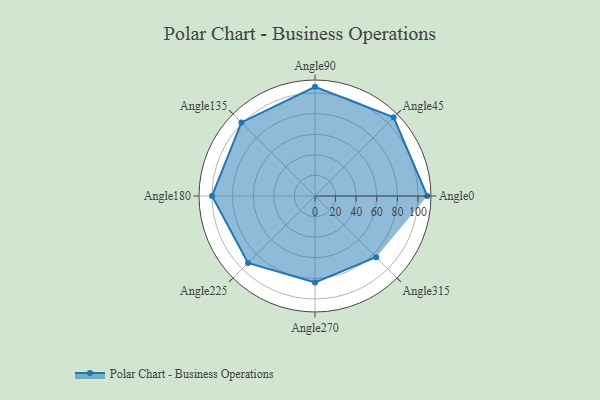
{"axis": {"x": "Angle", "y": "Radius"}, "legend": [""], "data": [{"x": "Angle0", "y": 109.0, "type": ""}, {"x": "Angle45", "y": 108.0, "type": ""}, {"x": "Angle90", "y": 106.0, "type": ""}, {"x": "Angle135", "y": 101.0, "type": ""}, {"x": "Angle180", "y": 100.0, "type": ""}, {"x": "Angle225", "y": 92.0, "type": ""}, {"x": "Angle270", "y": 84.0, "type": ""}, {"x": "Angle315", "y": 84.0, "type": ""}]}